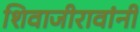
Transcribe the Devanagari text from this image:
शिवाजीरावांनी